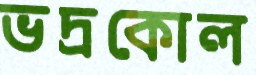
ভদ্রকোল